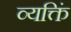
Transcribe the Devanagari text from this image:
व्यक्तिं